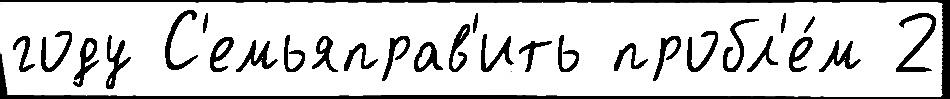
году С'емьяправ'ить пробл'е́м 2